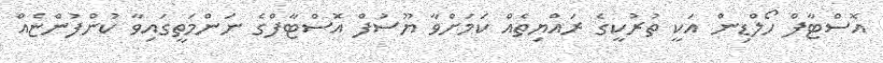
އޮސްޓާފް ހޯލްޑިން އަކީ ތުރުކީގެ ރައްޔިތެއް ކަމަށްވާ ޔޫސުފް އޮސްޓާފްގެ ނަންމަތީގައިވާ ކުންފުންޏެއް